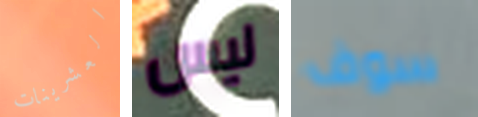
العشرينات ليس سوف